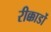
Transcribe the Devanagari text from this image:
रीक्कार्डो